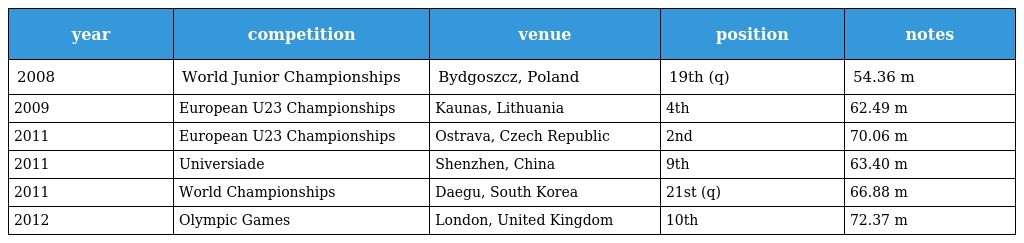
| year | competition | venue | position | notes |
 | --- | --- | --- | --- | --- |
 | 2008 | World Junior Championships | Bydgoszcz, Poland | 19th (q) | 54.36 m |
 | 2009 | European U23 Championships | Kaunas, Lithuania | 4th | 62.49 m |
 | 2011 | European U23 Championships | Ostrava, Czech Republic | 2nd | 70.06 m |
 | 2011 | Universiade | Shenzhen, China | 9th | 63.40 m |
 | 2011 | World Championships | Daegu, South Korea | 21st (q) | 66.88 m |
 | 2012 | Olympic Games | London, United Kingdom | 10th | 72.37 m |